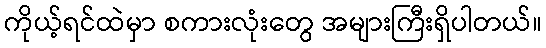
ကိုယ့်ရင်ထဲမှာ စကားလုံးတွေ အများကြီးရှိပါတယ်။